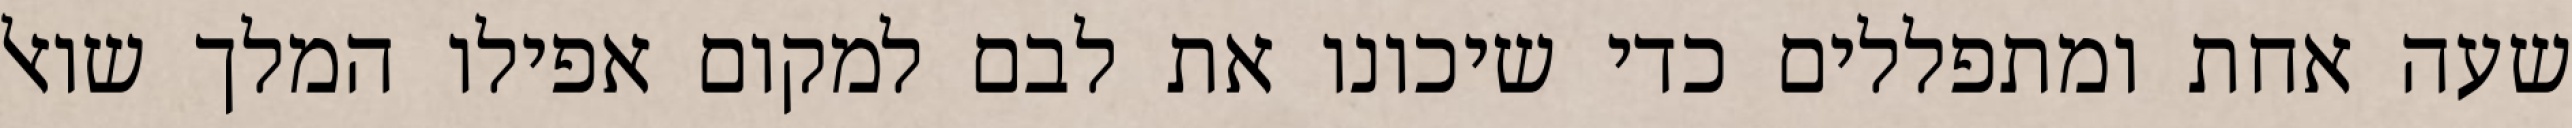
שעה אחת ומתפללים כדי שיכונו את לבם למקום אפילו המלך שואל